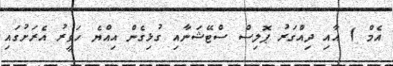
އެމް ) އާއި ދިއްގަރު ޕޮލިސް ސްޓޭޝަނާއި ގުޅިގެން އިއްޔެ ހަވީރު އެރަށުގައި